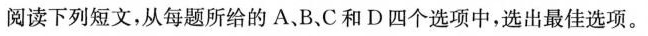
阅读下列短文,从每题所给的 A、B.C和 D四个选项中,选出最佳选项。